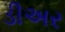
ડીઅર